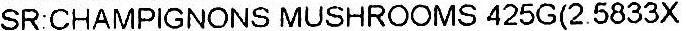
SR:CHAMPIGNONS MUSHROOMS 425G(2.5833X